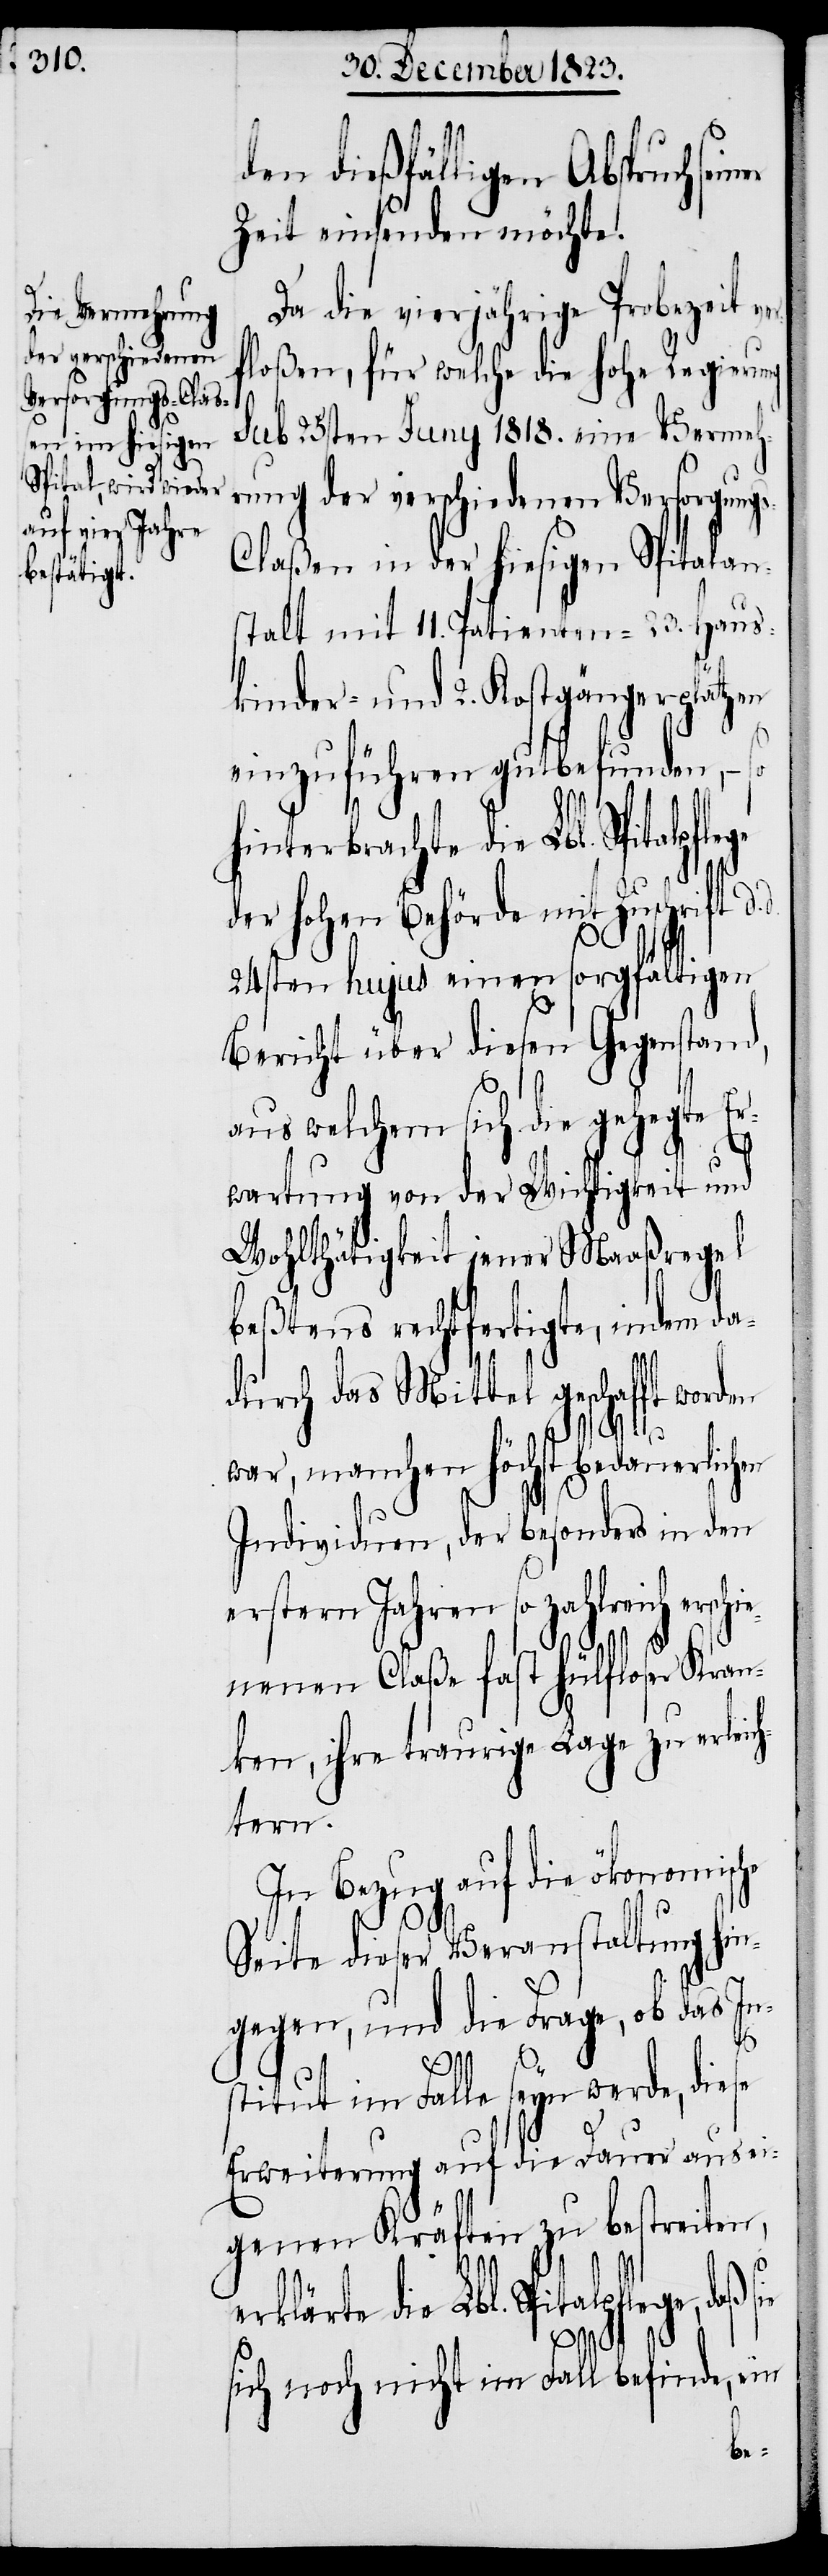
den dießfälligen Abspruch se¬
Zeit einsenden möchte.
Da die vierjährige Probezeit
floßen, für welche die hohe Regierung
sub 25sten Juny 1818. eine Vermeh¬
rung der verschiedenen Versorgung¬
s-Claßen in der hiesigen Spitalan¬
stalt mit 11. Patienten- 23. Haus¬
kinder- und 2. Kostgängerplätzen
einzuführen gutbefunden, − so
hinterbrachte die Lbl. Spitalp¬
der hohen Behörde mit Zuschrift d.
24sten hujus einen sorgfältigen
Bericht über diesen Gegenstand,
aus welchem sich die gehegte Er¬
wartung von der Wichtigkeit und
Wohlthätigkeit jener Maaßregel
beßtens rechtfertigte, indem da¬
durch das Mittel geschafft worden
war, manchen höchst bedauerlichen
Individuen, der besonders in den
erstern Jahren so zahlreich erschi¬
enenen Claße fast hülfloser Kran¬
ken, ihre traurige Lage zu erleich¬
tern.
In Bezug auf die ökonomische
Seite dieser Veranstaltung hin¬
gegen, und die Frage, ob das In¬
d.
stitut im Falle seyn werde, diese
Erweiterung auf die Dauer aus ei¬
genen Kräften zu bestreiten,
erklärte die Lbl. Spitalpflege, daß
sie
sich noch nicht im Fall befinde, ein
ver¬